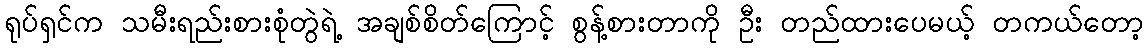
ရုပ်ရှင်က သမီးရည်းစားစုံတွဲရဲ့ အချစ်စိတ်ကြောင့် စွန့်စားတာကို ဦး တည်ထားပေမယ့် တကယ်တော့